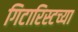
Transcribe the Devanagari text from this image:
गिटारिस्टच्या